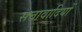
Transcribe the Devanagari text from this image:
सत्तावादियों